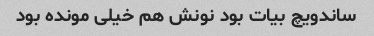
ساندویچ بیات بود نونش هم خیلی مونده بود